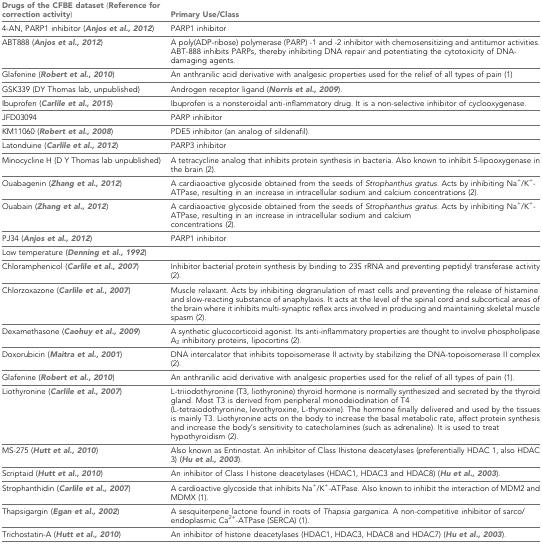
<table><thead><tr><td><b>Drugs of the CFBE dataset (Reference for correction activity)</b></td><td><b>Primary Use/Class</b></td></tr></thead><tbody><tr><td>4-AN, PARP1 inhibitor (Anjos et al., 2012)</td><td>PARP1 inhibitor</td></tr><tr><td>ABT888 (Anjos et al., 2012)</td><td>A poly(ADP-ribose) polymerase (PARP) -1 and -2 inhibitor with chemosensitizing and antitumor activities. ABT-888 inhibits PARPs, thereby inhibiting DNA repair and potentiating the cytotoxicity of DNA-damaging agents.</td></tr><tr><td>Glafenine (Robert et al., 2010)</td><td>An anthranilic acid derivative with analgesic properties used for the relief of all types of pain (1)</td></tr><tr><td>GSK339 (DY Thomas lab, unpublished)</td><td>Androgen receptor ligand (Norris et al., 2009).</td></tr><tr><td>Ibuprofen (Carlile et al., 2015)</td><td>Ibuprofen is a nonsteroidal anti-inflammatory drug. It is a non-selective inhibitor of cyclooxygenase.</td></tr><tr><td>JFD03094</td><td>PARP inhibitor</td></tr><tr><td>KM11060 (Robert et al., 2008)</td><td>PDE5 inhibitor (an analog of sildenafil).</td></tr><tr><td>Latonduine (Carlile et al., 2012)</td><td>PARP3 inhibitor</td></tr><tr><td>Minocycline H (D Y Thomas lab unpublished)</td><td>A tetracycline analog that inhibits protein synthesis in bacteria. Also known to inhibit 5-lipooxygenase in the brain (2).</td></tr><tr><td>Ouabagenin (Zhang et al., 2012)</td><td>A cardiaoactive glycoside obtained from the seeds of <i>Strophanthus gratus</i>. Acts by inhibiting Na<sup>+</sup>/K<sup>+</sup>-ATPase, resulting in an increase in intracellular sodium and calcium concentrations (2).</td></tr><tr><td>Ouabain (Zhang et al., 2012)</td><td>A cardiaoactive glycoside obtained from the seeds of <i>Strophanthus gratus</i>. Acts by inhibiting Na<sup>+</sup>/K<sup>+</sup>-ATPase, resulting in an increase in intracellular sodium and calcium concentrations (2).</td></tr><tr><td>PJ34 (Anjos et al., 2012)</td><td>PARP1 inhibitor</td></tr><tr><td>Low temperature (Denning et al., 1992)</td><td></td></tr><tr><td>Chloramphenicol (Carlile et al., 2007)</td><td>Inhibitor bacterial protein synthesis by binding to 23S rRNA and preventing peptidyl transferase activity (2).</td></tr><tr><td>Chlorzoxazone (Carlile et al., 2007)</td><td>Muscle relaxant. Acts by inhibiting degranulation of mast cells and preventing the release of histamine and slow-reacting substance of anaphylaxis. It acts at the level of the spinal cord and subcortical areas of the brain where it inhibits multi-synaptic reflex arcs involved in producing and maintaining skeletal muscle spasm (2).</td></tr><tr><td>Dexamethasone (Caohuy et al., 2009)</td><td>A synthetic glucocorticoid agonist. Its anti-inflammatory properties are thought to involve phospholipase A<sub>2 </sub>inhibitory proteins, lipocortins (2).</td></tr><tr><td>Doxorubicin (Maitra et al., 2001)</td><td>DNA intercalator that inhibits topoisomerase II activity by stabilizing the DNA-topoisomerase II complex (2).</td></tr><tr><td>Glafenine (Robert et al., 2010)</td><td>An anthranilic acid derivative with analgesic properties used for the relief of all types of pain (1).</td></tr><tr><td>Liothyronine (Carlile et al., 2007)</td><td>L-triiodothyronine (T3, liothyronine) thyroid hormone is normally synthesized and secreted by the thyroid gland. Most T3 is derived from peripheral monodeiodination of T4 (L-tetraiodothyronine, levothyroxine, L-thyroxine). The hormone finally delivered and used by the tissues is mainly T3. Liothyronine acts on the body to increase the basal metabolic rate, affect protein synthesis and increase the body&#x27;s sensitivity to catecholamines (such as adrenaline). It is used to treat hypothyroidism (2).</td></tr><tr><td>MS-275 (Hutt et al., 2010)</td><td>Also known as Entinostat. An inhibitor of Class Ihistone deacetylases (preferentially HDAC 1, also HDAC 3) (Hu et al., 2003).</td></tr><tr><td>Scriptaid (Hutt et al., 2010)</td><td>An inhibitor of Class I histone deacetylases (HDAC1, HDAC3 and HDAC8) (Hu et al., 2003).</td></tr><tr><td>Strophanthidin (Carlile et al., 2007)</td><td>A cardioactive glycoside that inhibits Na<sup>+</sup>/K<sup>+</sup>-ATPase. Also known to inhibit the interaction of MDM2 and MDMX (1).</td></tr><tr><td>Thapsigargin (Egan et al., 2002)</td><td>A sesquiterpene lactone found in roots of <i>Thapsia garganica</i>. A non-competitive inhibitor of sarco/endoplasmic Ca<sup>2+</sup>-ATPase (SERCA) (1).</td></tr><tr><td>Trichostatin-A (Hutt et al., 2010)</td><td>An inhibitor of histone deacetylases (HDAC1, HDAC3, HDAC8 and HDAC7) (Hu et al., 2003).</td></tr></tbody></table>